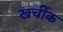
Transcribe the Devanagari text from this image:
खर्चीक